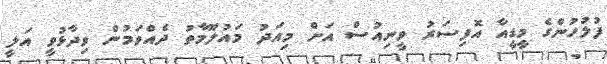
ފުލުހުންގެ މީޑީއާ އޮފިސަރު ވީނިއުސް އަށް މިއަދު މައުލޫމާތު ދެއްވަމުން ވިދާޅުވީ އަލީ